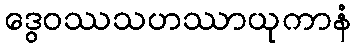
ဒွေဝဿသဟဿာယုကာနံ